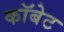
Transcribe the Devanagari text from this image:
कॉबेट